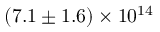
( 7 . 1 \pm 1 . 6 ) \times 1 0 ^ { 1 4 }